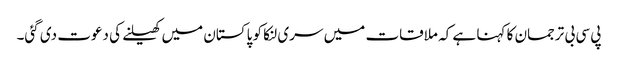
پی سی بی ترجمان کا کہنا ہے کہ ملاقات میں سری لنکا کو پاکستان میں کھیلنے کی دعوت دی گئی۔